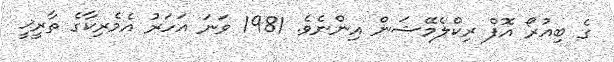
ގެ ބިއުރޯ އޮފް ރިކްލެމޭޝަން އިންނެވެ. 1981 ވަނަ އަހަރު އެމެރިކާގެ ތާރީޚީ